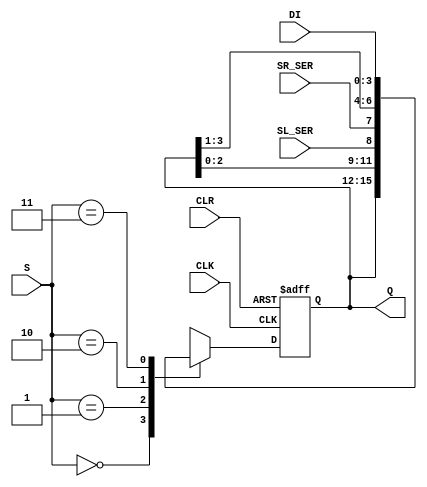
`timescale 1ns / 1ps
//  SPB SUAI
//Group 1641
// Bidirectional shift register 74194
module shift_reg_74194(DI,CLK,CLR,S,SR_SER,SL_SER,Q);
    input wire [3:0] DI; // Parallel data input
    input CLK; // CLock 
    input CLR; // Clear parallel data output signal
    input [1:0]S; // Controll input
    input wire SR_SER; // Shift Right serial input 
    input wire SL_SER; // Shift left serial input

    output reg [3:0] Q; // Parallel data output

    initial begin
        Q<=0;      
    end
    always @(posedge CLK or negedge CLR) begin
        if (CLR) begin 
        case (S)
                2'b00: // Do nothing (S0=0,S1=0)
                   begin
                        Q<={Q[3:0]};
                   end
                2'b01: // Shift Left (S0=0,S1=1)
                   begin
                        Q<={Q[2:0],SL_SER};
                   end
                2'b10: // Shift Right (S0=1,S1=0)
                   begin
                       Q<={SR_SER,Q[3:1]}; 
                   end
                2'b11: // Parallel data output (S0=1,S1=1)
                   begin
                        Q<=DI;
                   end
             endcase
        end
        else begin // Reset output
           Q<=0; 
        end
      end
endmodule